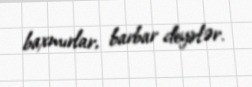
baxmırlar, barbar deyirlər.